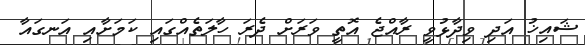
ޝައިޚު އަދި ވިދާޅުވީ ރާއްޖެ އޮތީ ވަރަށް ދެރަ ހާލަތެއްގައި ކަމަށާއި އަނގައާ